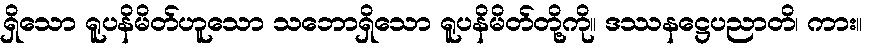
ရှိသော ရူပနိမိတ်ဟူသော သဘောရှိသော ရူပနိမိတ်တို့ကို။ ဒဿနဋ္ဌေပညာတိ၊ ကား။